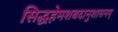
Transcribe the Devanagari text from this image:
सिद्धहेमशबदानुशासनम्